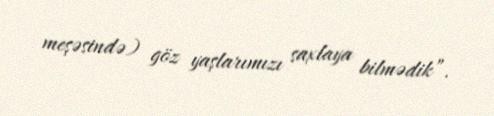
meşəsində) göz yaşlarımızı saxlaya bilmədik”.